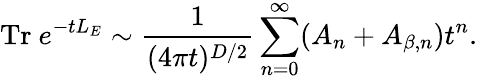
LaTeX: \mathrm{Tr}~e^{-tL_{E}}\sim{\frac{1}{(4\pi t)^{D/2}}}\sum_{n=0}^{\infty}(A_{n}+A_{\beta,n})t^{n}.